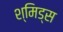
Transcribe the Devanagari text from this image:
श्मिड्स